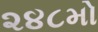
૨૪૮મો